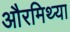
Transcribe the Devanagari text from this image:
औरमिथ्या